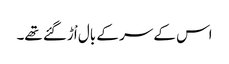
اس کے سر کے بال اْڑگئے تھے۔